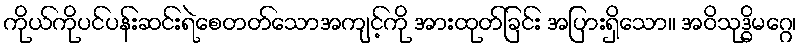
ကိုယ်ကိုပင်ပန်းဆင်းရဲစေတတ်သောအကျင့်ကို အားထုတ်ခြင်း အပြားရှိသော။ အဝိသုဒ္ဓိမဂ္ဂေ၊